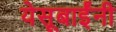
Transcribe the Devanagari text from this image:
येसूबाईंनी